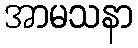
အာမသနာ